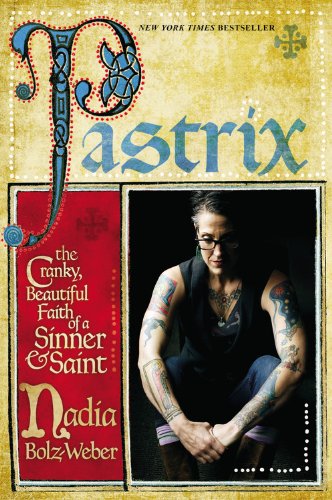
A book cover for Pastrix: The Cranky, Beautiful Faith of a Sinner & Saint; Nadia Bolz-Weber; Christian Books & Bibles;